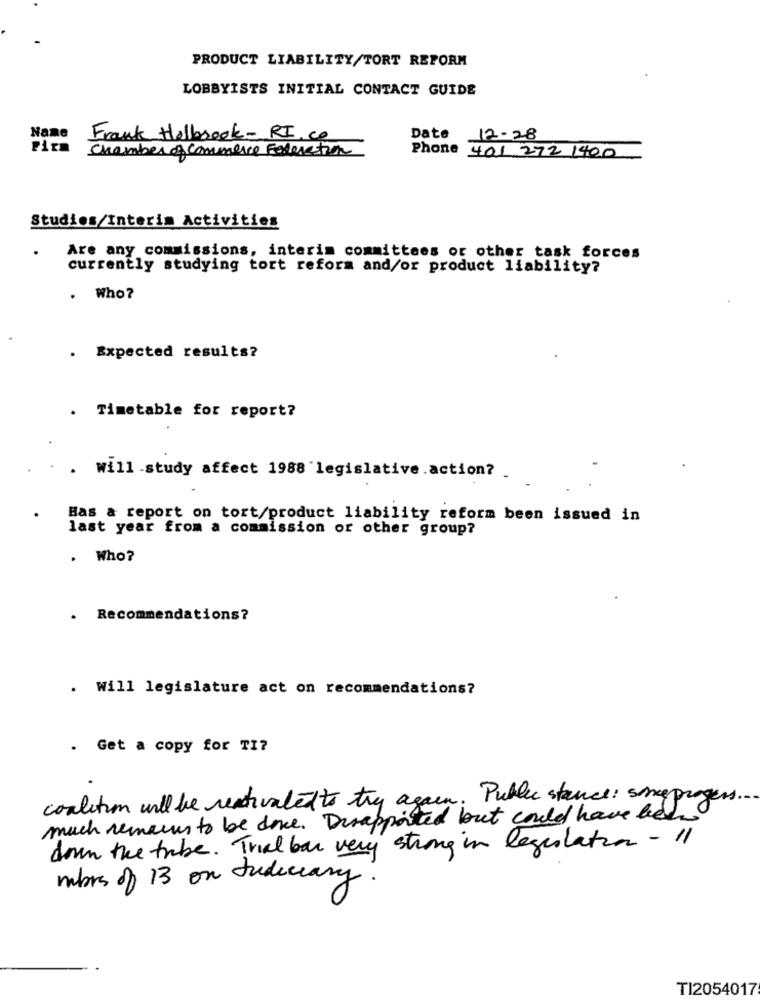
PRODUCT LIABILITY/TORT REFORM
LOBBYISTS INITIAL CONTACT GUIDE
Name
Frank Holbrook-RI.co
Date 12-28
Firm
Chamber of Commerce Federation
Phone
401 272 1400
Studios/Interim Activities
.
Are any commissions, interim committees or other task forces
currently studying tort reform and/or product liability?
. Who?
. Expected results?
. Timetable for report?
. Will study affect 1988 legislative.action? .
Has a report on tort/product liability reform been issued in
last year from a commission or other group?
. Who?
. Recommendations?
. Will legislature act on recommendations?
. Get a copy for TI?
coalition will be reactivated to try again.
Public stance: sie progess ...
much remains to be done. Disappointed but could have been
down the tribe. Trial bar very strong in legislation - 11
mors of 13 on Judiciary.
TI2054017